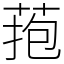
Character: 菢